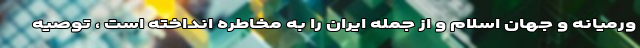
ورمیانه و جهان اسلام و از جمله ایران را به مخاطره انداخته است ، توصیه